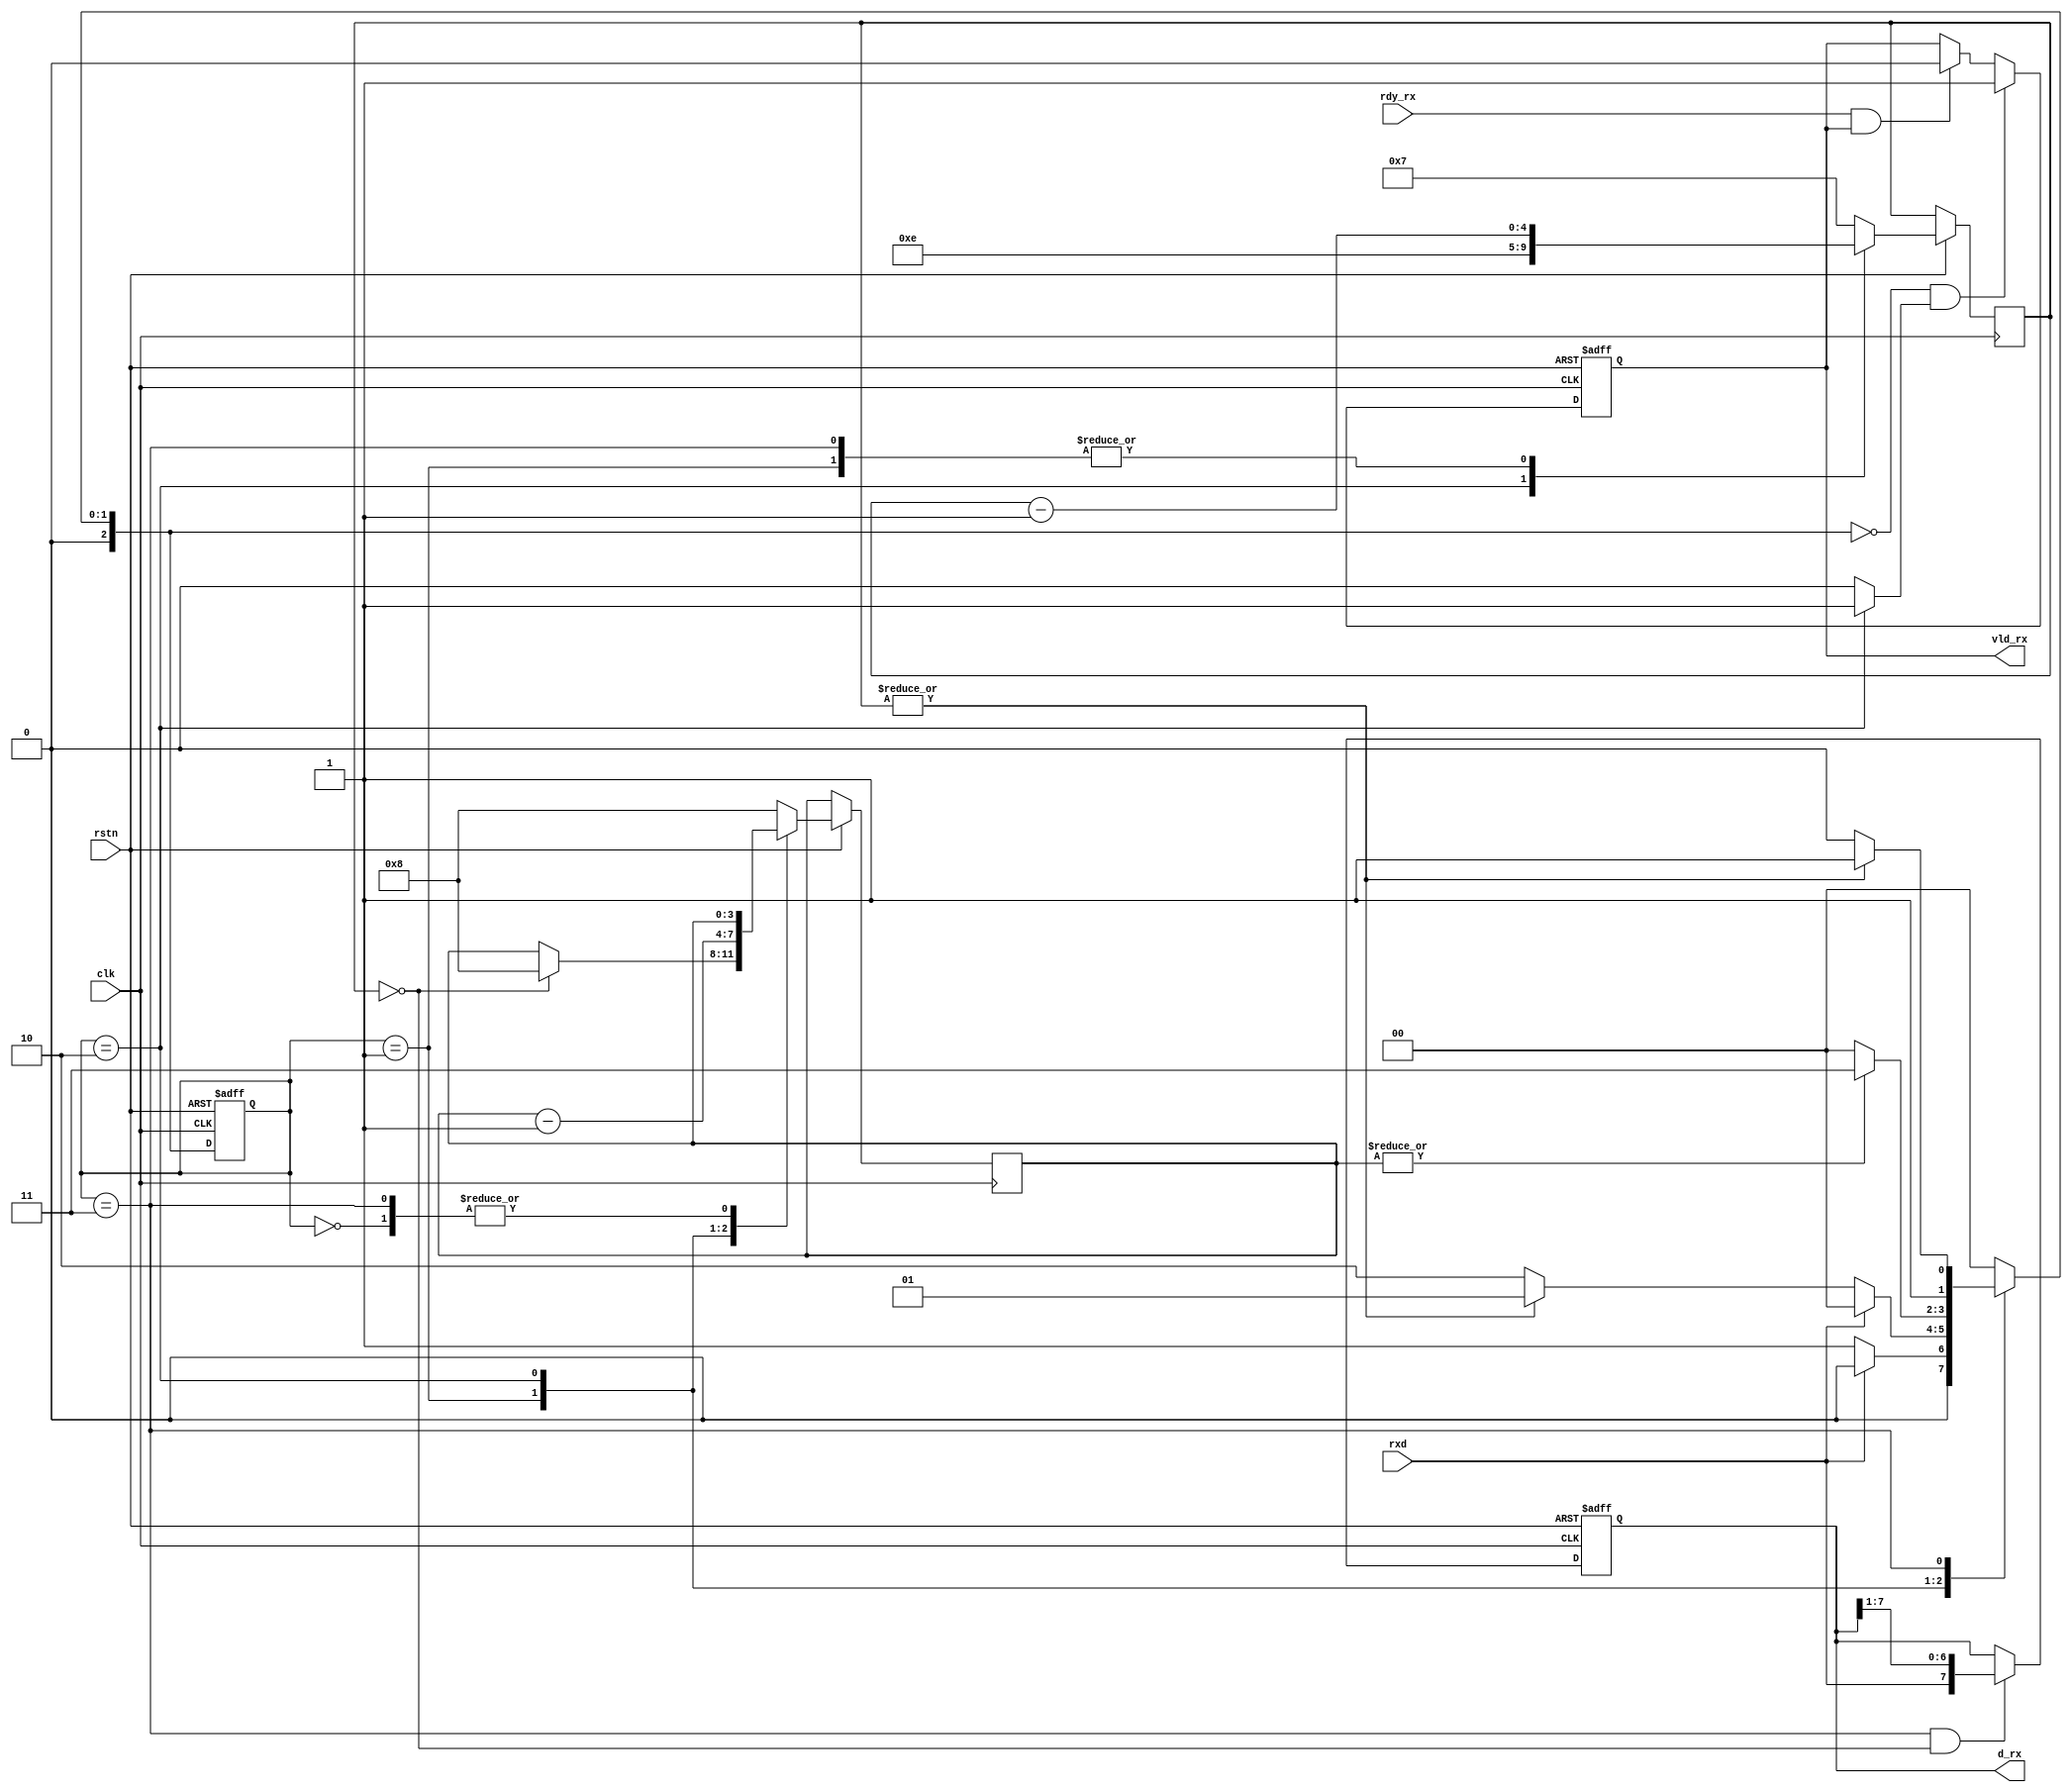
`timescale 1ns/1ps

module RX(
    input           rstn,
    input           clk,
    input           rxd,     // 1
    input           rdy_rx,  //  (ready)
    output reg [7:0]    d_rx,    // 8
    output reg          vld_rx   //  (valid)
);
parameter   WAIT    =   3'H0,
            CHECK   =   3'H1,
            CNT1    =   3'H2,
            CNT2    =   3'H3;
reg [2:0]   cs,ns;
reg [3:0]   cnt1;
reg [4:0]   cnt2;
reg         rec_vld;

always @(posedge clk,negedge rstn) begin
    if(!rstn)   begin
        cs<=WAIT;
        d_rx<=8'hff;
        vld_rx<=0;
    end
    else    begin
        cs<=ns;
        vld_rx<=(ns==WAIT&&rec_vld)?1:(rdy_rx&vld_rx)?0:vld_rx;
        case(cs)
            WAIT:   begin
                cnt2<=7;
            end
            CHECK:  begin
                cnt2<=cnt2-1;
                if(cnt2==0)
                    cnt1<=8;
            end
            CNT1:   begin
                cnt2<=14;
                cnt1<=cnt1-1;
            end
            CNT2:   begin
                cnt2<=cnt2-1;
            end
            default: begin
                cnt2<=7;
                cnt1<=8;
            end
        endcase
        if(cs==CNT2&&cnt2==0)
            d_rx<={rxd,d_rx[7:1]};
        else
            d_rx<=d_rx;
    end
end

// logic
always @(*) begin
    case(cs)
        WAIT:
        if(!rxd)
            ns=CHECK;
        else
            ns=WAIT;
        CHECK:
        if(rxd)
            ns=WAIT;
        else if(~|cnt2)
            ns=CNT1;
        else
            ns=CHECK;
        CNT1:
        if(|cnt1)
            ns=CNT2;
        else
            ns=WAIT;
        CNT2:
        if(~|cnt2)
            ns=CNT1;
        else
            ns=CNT2;
        default:
            ns=WAIT;
    endcase
    rec_vld=(cs==CNT1)?1:0;
end
endmodule